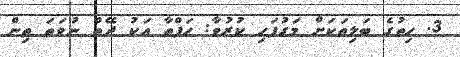
3. ހިތުގެ ބަލިތަކަށް މަގުފަހި ކުރުވާ: ހަފްތާ އަކު ދޭތް ނުވަތަ ތިން